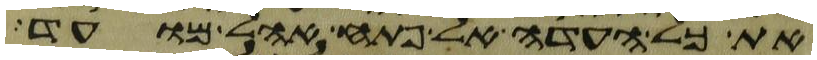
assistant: את כל העדה אל פתח אהל מועד